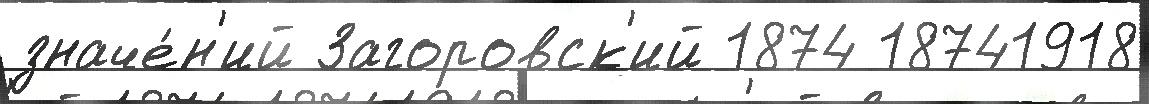
значе́н'ий Загоровск'ий 1874 18741918